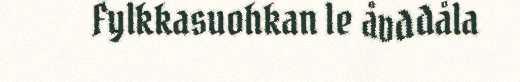
Fylkkasuohkan le åvddåla